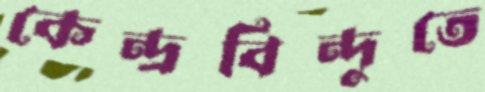
কেন্দ্রবিন্দুতে